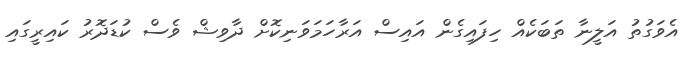
އެވަގުތު އަލީނާ ތަބަކެއް ހިފައިގެން އައިސް އަރާހަމަވަނިކޮށް ދާވިޝް ވެސް ކުޑަދޮރު ކައިރީގައި